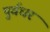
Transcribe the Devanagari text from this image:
पुर्वधर